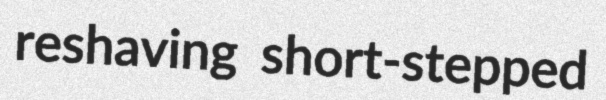
reshaving short-stepped